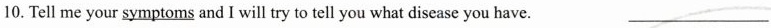
10. Tell me your \underline{symptoms} and I will try to tell you what disease you have. ___